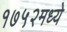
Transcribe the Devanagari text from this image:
१७५२मध्ये